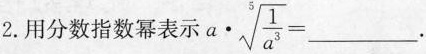
2.用分数指数幂表示$$a \cdot \sqrt[5]{\frac{1}{a^{3}}}=___$$.